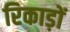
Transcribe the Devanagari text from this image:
रिकाड़ों